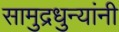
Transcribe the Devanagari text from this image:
सामुद्रधुन्यांनी